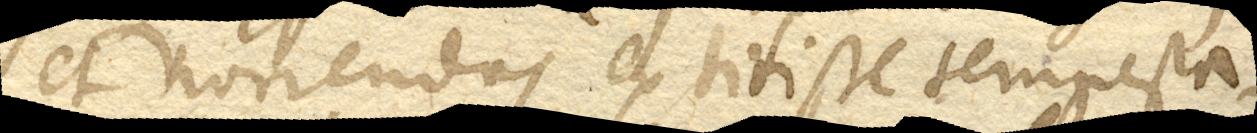
et horrendas extitisse tempesta–